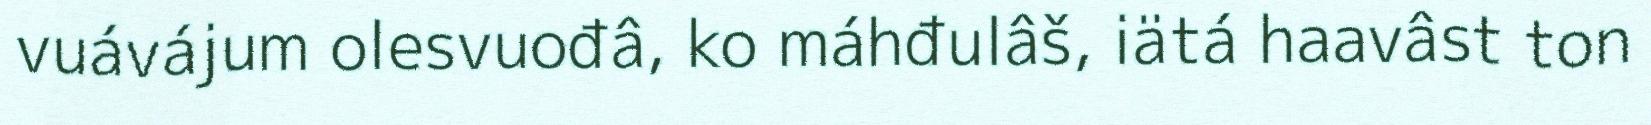
vuávájum olesvuođâ, ko máhđulâš, iätá haavâst ton